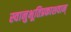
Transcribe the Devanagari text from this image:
स्वानुभूतिप्रकाशवान्